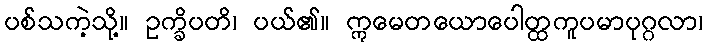
ပစ်သကဲ့သို့။ ဥက္ခိပတိ၊ ပယ်၏။ ဣမေတယောပေါတ္ထကူပမာပုဂ္ဂလာ၊